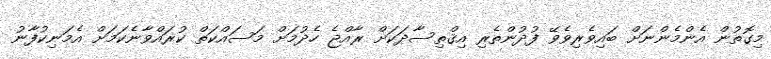
މިގޮތުން އެންމެންނަށް ބައިވެރިވެވޭ ފުދުންތެރި އިޤްތިސާދަކަށް ރާއްޖެ ހެދުމަށް މަސައްކަތް ކުރައްވާނެކަމަށް އެމަނިކުފާނު